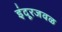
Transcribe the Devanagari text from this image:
इंदूरजवळ